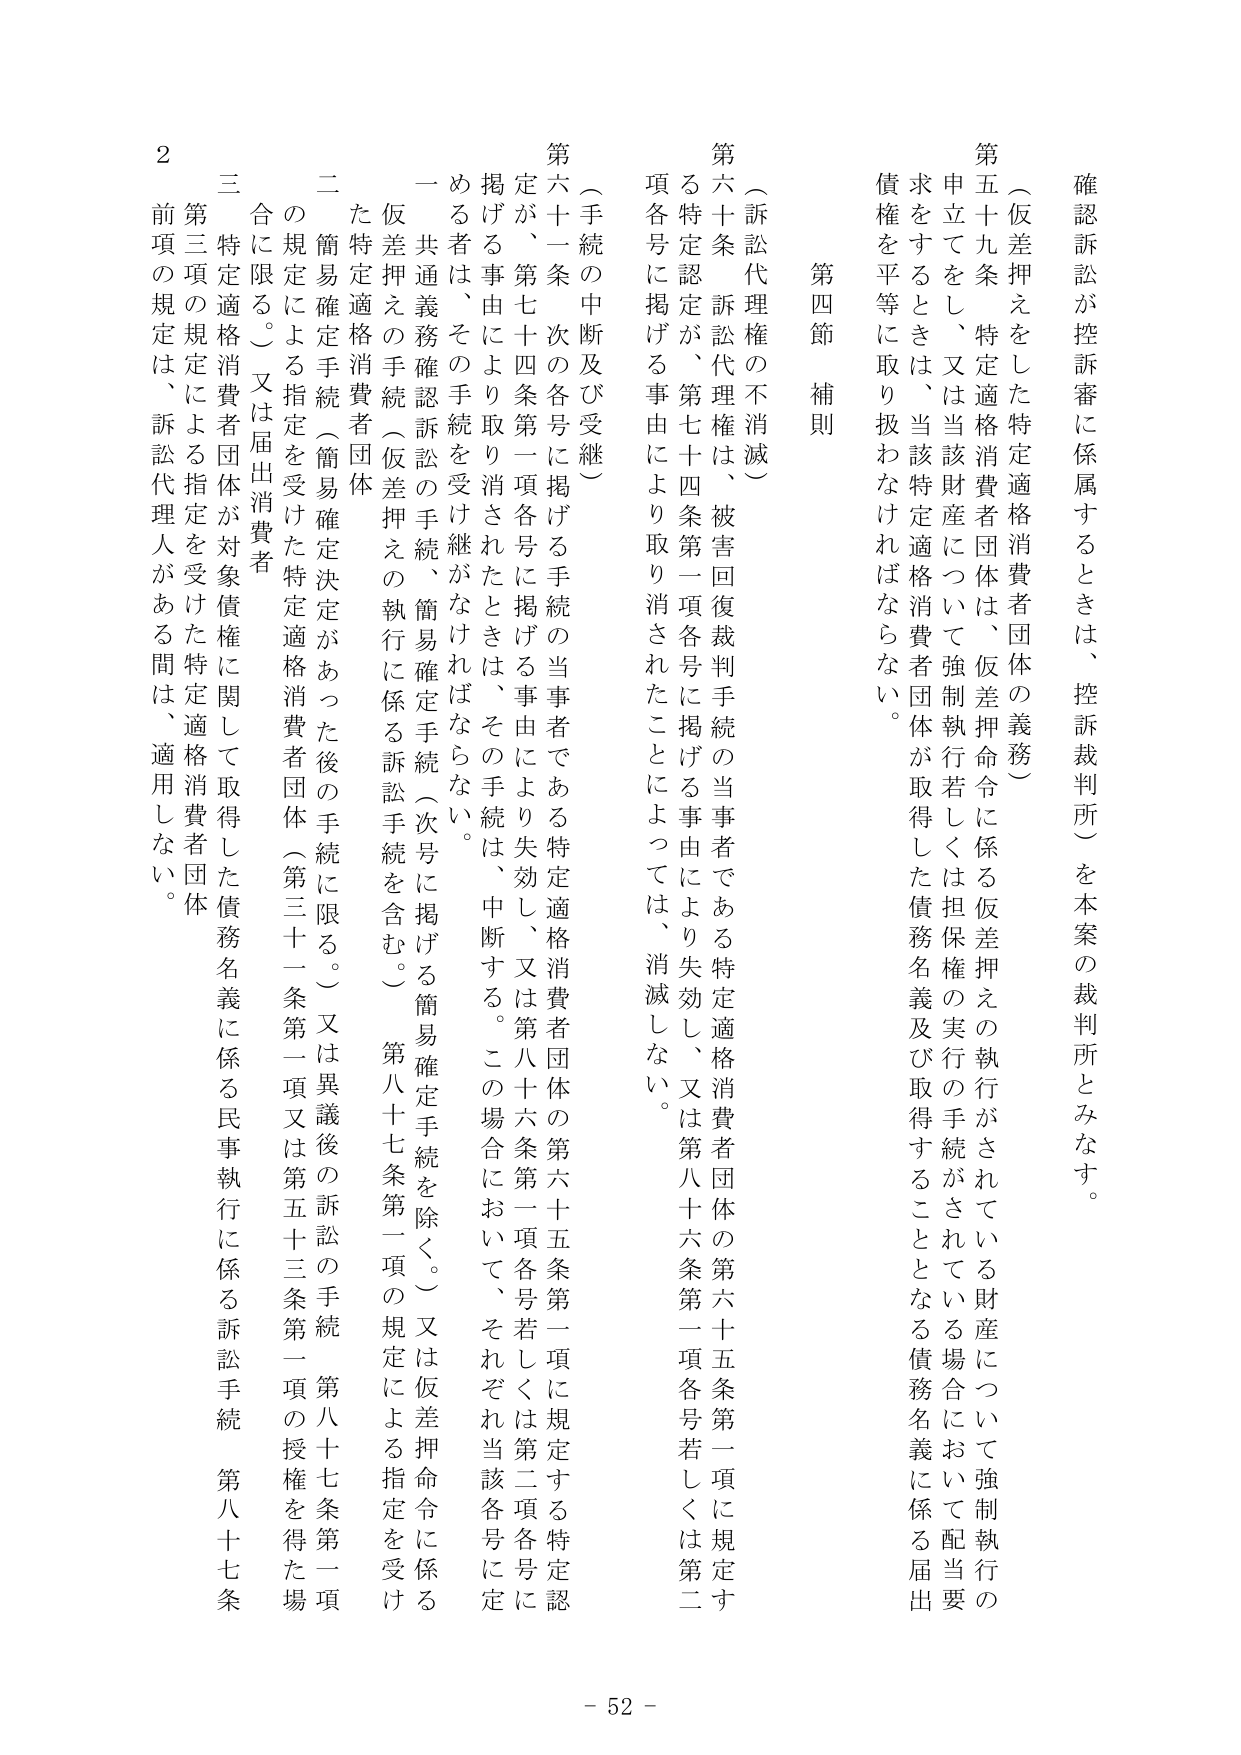
確認訴訟が控訴審に係属するときは、控訴裁判所）を本案の裁判所とみなす。

（仮差押えをした特定適格消費者団体の義務）

第五十九条 特定適格消費者団体は、仮差押命令に係る仮差押えの執行がされている財産について強制執行の申立てをし、又は当該財産について強制執行若しくは担保権の実行の手続がされている場合において配当要求をするときは、当該特定適格消費者団体が取得した債務名義及び取得することとなる債務名義に係る届出債権を平等に取り扱わなければならない。

第四節 補則

（訴訟代理権の不消滅）

第六十条 訴訟代理権は、被害回復裁判手続の当事者である特定適格消費者団体の第六十五条第一項に規定する特定認定が、第七十四条第一項各号に掲げる事由により失効し、又は第八十六条第一項各号若しくは第二項各号に掲げる事由により取り消されたことによっては、消滅しない。

（手続の中断及び受継）

第六十一条 次の各号に掲げる手続の当事者である特定適格消費者団体の第六十五条第一項に規定する特定認定が、第七十四条第一項各号に掲げる事由により失効し、又は第八十六条第一項各号若しくは第二項各号に掲げる事由により取り消されたときは、その手続は、中断する。この場合において、それぞれ当該各号に定める者は、その手続を受け継がなければならない。

一 共通義務確認訴訟の手続、簡易確定手続（次号に掲げる簡易確定手続を除く。）又は仮差押命令に係る仮差押えの手続（仮差押えの執行に係る訴訟手続を含む。） 第八十七条第一項の規定による指定を受けた特定適格消費者団体

二 簡易確定手続（簡易確定決定があった後の手続に限る。）又は異議後の訴訟の手続（第八十七条第一項の規定による指定を受けた特定適格消費者団体（第三十一条第一項又は第五十三条第一項の授権を得た場合に限る。）又は届出消費者

三 特定適格消費者団体が対象債権に関して取得した債務名義に係る民事執行に係る訴訟手続 第八十七条第三項の規定による指定を受けた特定適格消費者団体

２ 前項の規定は、訴訟代理人がある間は、適用しない。

- 52 -